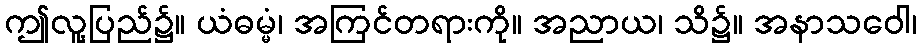
ဤလူ့ပြည်၌။ ယံဓမ္မံ၊ အကြင်တရားကို။ အညာယ၊ သိ၌။ အနာသဝေါ၊